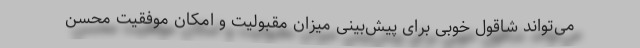
می‌تواند شاقول خوبی برای پیش‌بینی میزان مقبولیت و امکان موفقیت محسن